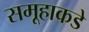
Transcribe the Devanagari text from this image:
समूहाकडे